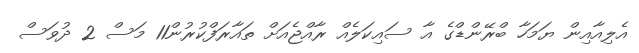
އެލިއާއިން ޔަމަހާ ބްރޭންޑްގެ އާ ސައިކަލެއް ރާއްޖެއަށް ތައާރަފްކުރުން11 މަސް 2 ދުވަސް